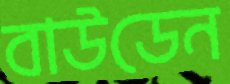
বাউডেন